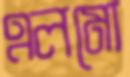
এলমো